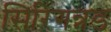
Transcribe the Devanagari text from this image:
सिरिगन्नड